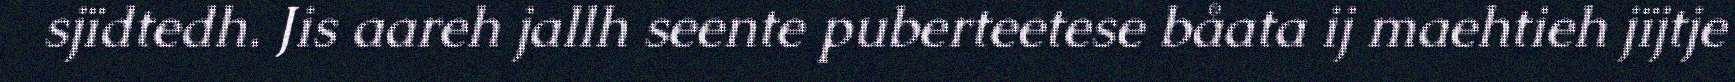
sjïdtedh. Jis aareh jallh seente puberteetese båata ij maehtieh jïjtje